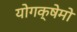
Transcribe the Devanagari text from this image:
योगक्षेमो